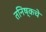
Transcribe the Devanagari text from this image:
तनिष्कचे